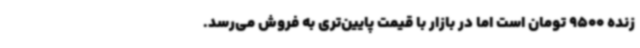
زنده 9500 تومان است اما در بازار با قیمت پایین‌تری به فروش می‌رسد.